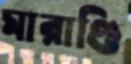
মারাণ্ডি